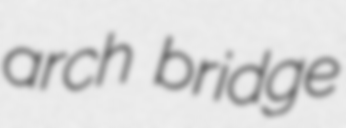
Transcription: arch bridge